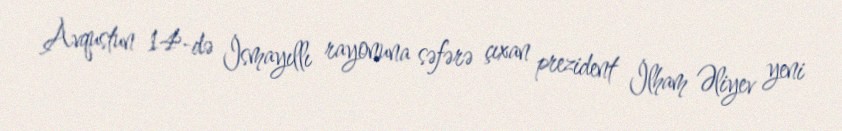
Avqustun 14-də İsmayıllı rayonuna səfərə çıxan prezident İlham Əliyev yeni